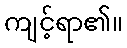
ကျင့်ရာ၏။